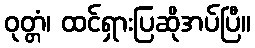
ဝုတ္တံ၊ ထင်ရှားပြဆိုအပ်ပြီ။